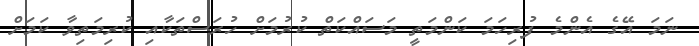
ނަމަ އޭގެ އެންމެ ފުރިހަމަ ކަންމަތީ މަސައްކަތް ކުރުމަށް ހުރަސްތަކާއި ކުރިމަތިވާ ކަމަށް